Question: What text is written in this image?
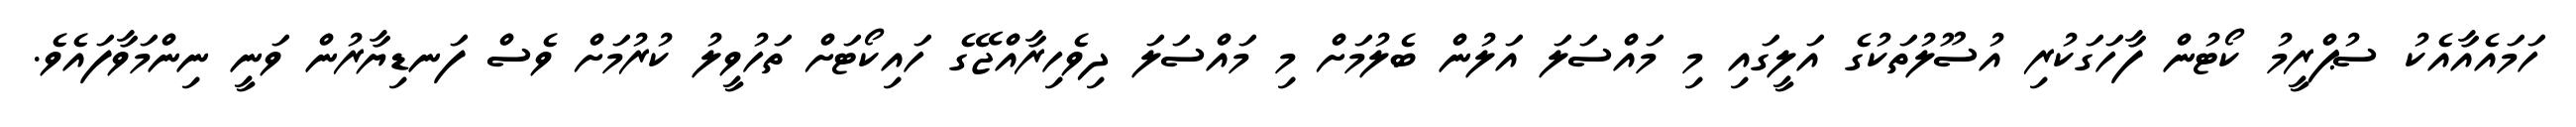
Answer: ހަމައެއާއެކު ސުޕްރީމު ކޯޓުން ފާހަގަކުރި އުސޫލުތަކުގެ އަލީގައި މި މައްސަލަ އަލުން ބެލުމަށް މި މައްސަލަ ދިވެހިރާއްޖޭގެ ހައިކޯޓަށް ތަހުވީލު ކުރުމަށް ވެސް ފަނޑިޔާރުން ވަނީ ނިންމަވާފައެވެ.